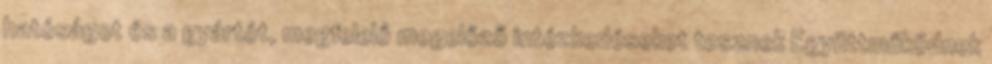
hatóságot és a gyártót, megfelelő megelőző intézkedéseket tesznek Együttműködnek